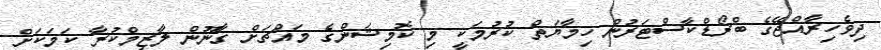
ދިވެހިރާއްޖޭގެ ބްރޯޑްކާސްޓަރުން ހިމާޔަތް ކުރުމަކީ މި ކޮމިޝަންގެ މައްޗަށް ޤާނޫން ލާޒިމްކުރާާ ކަމަކަށް